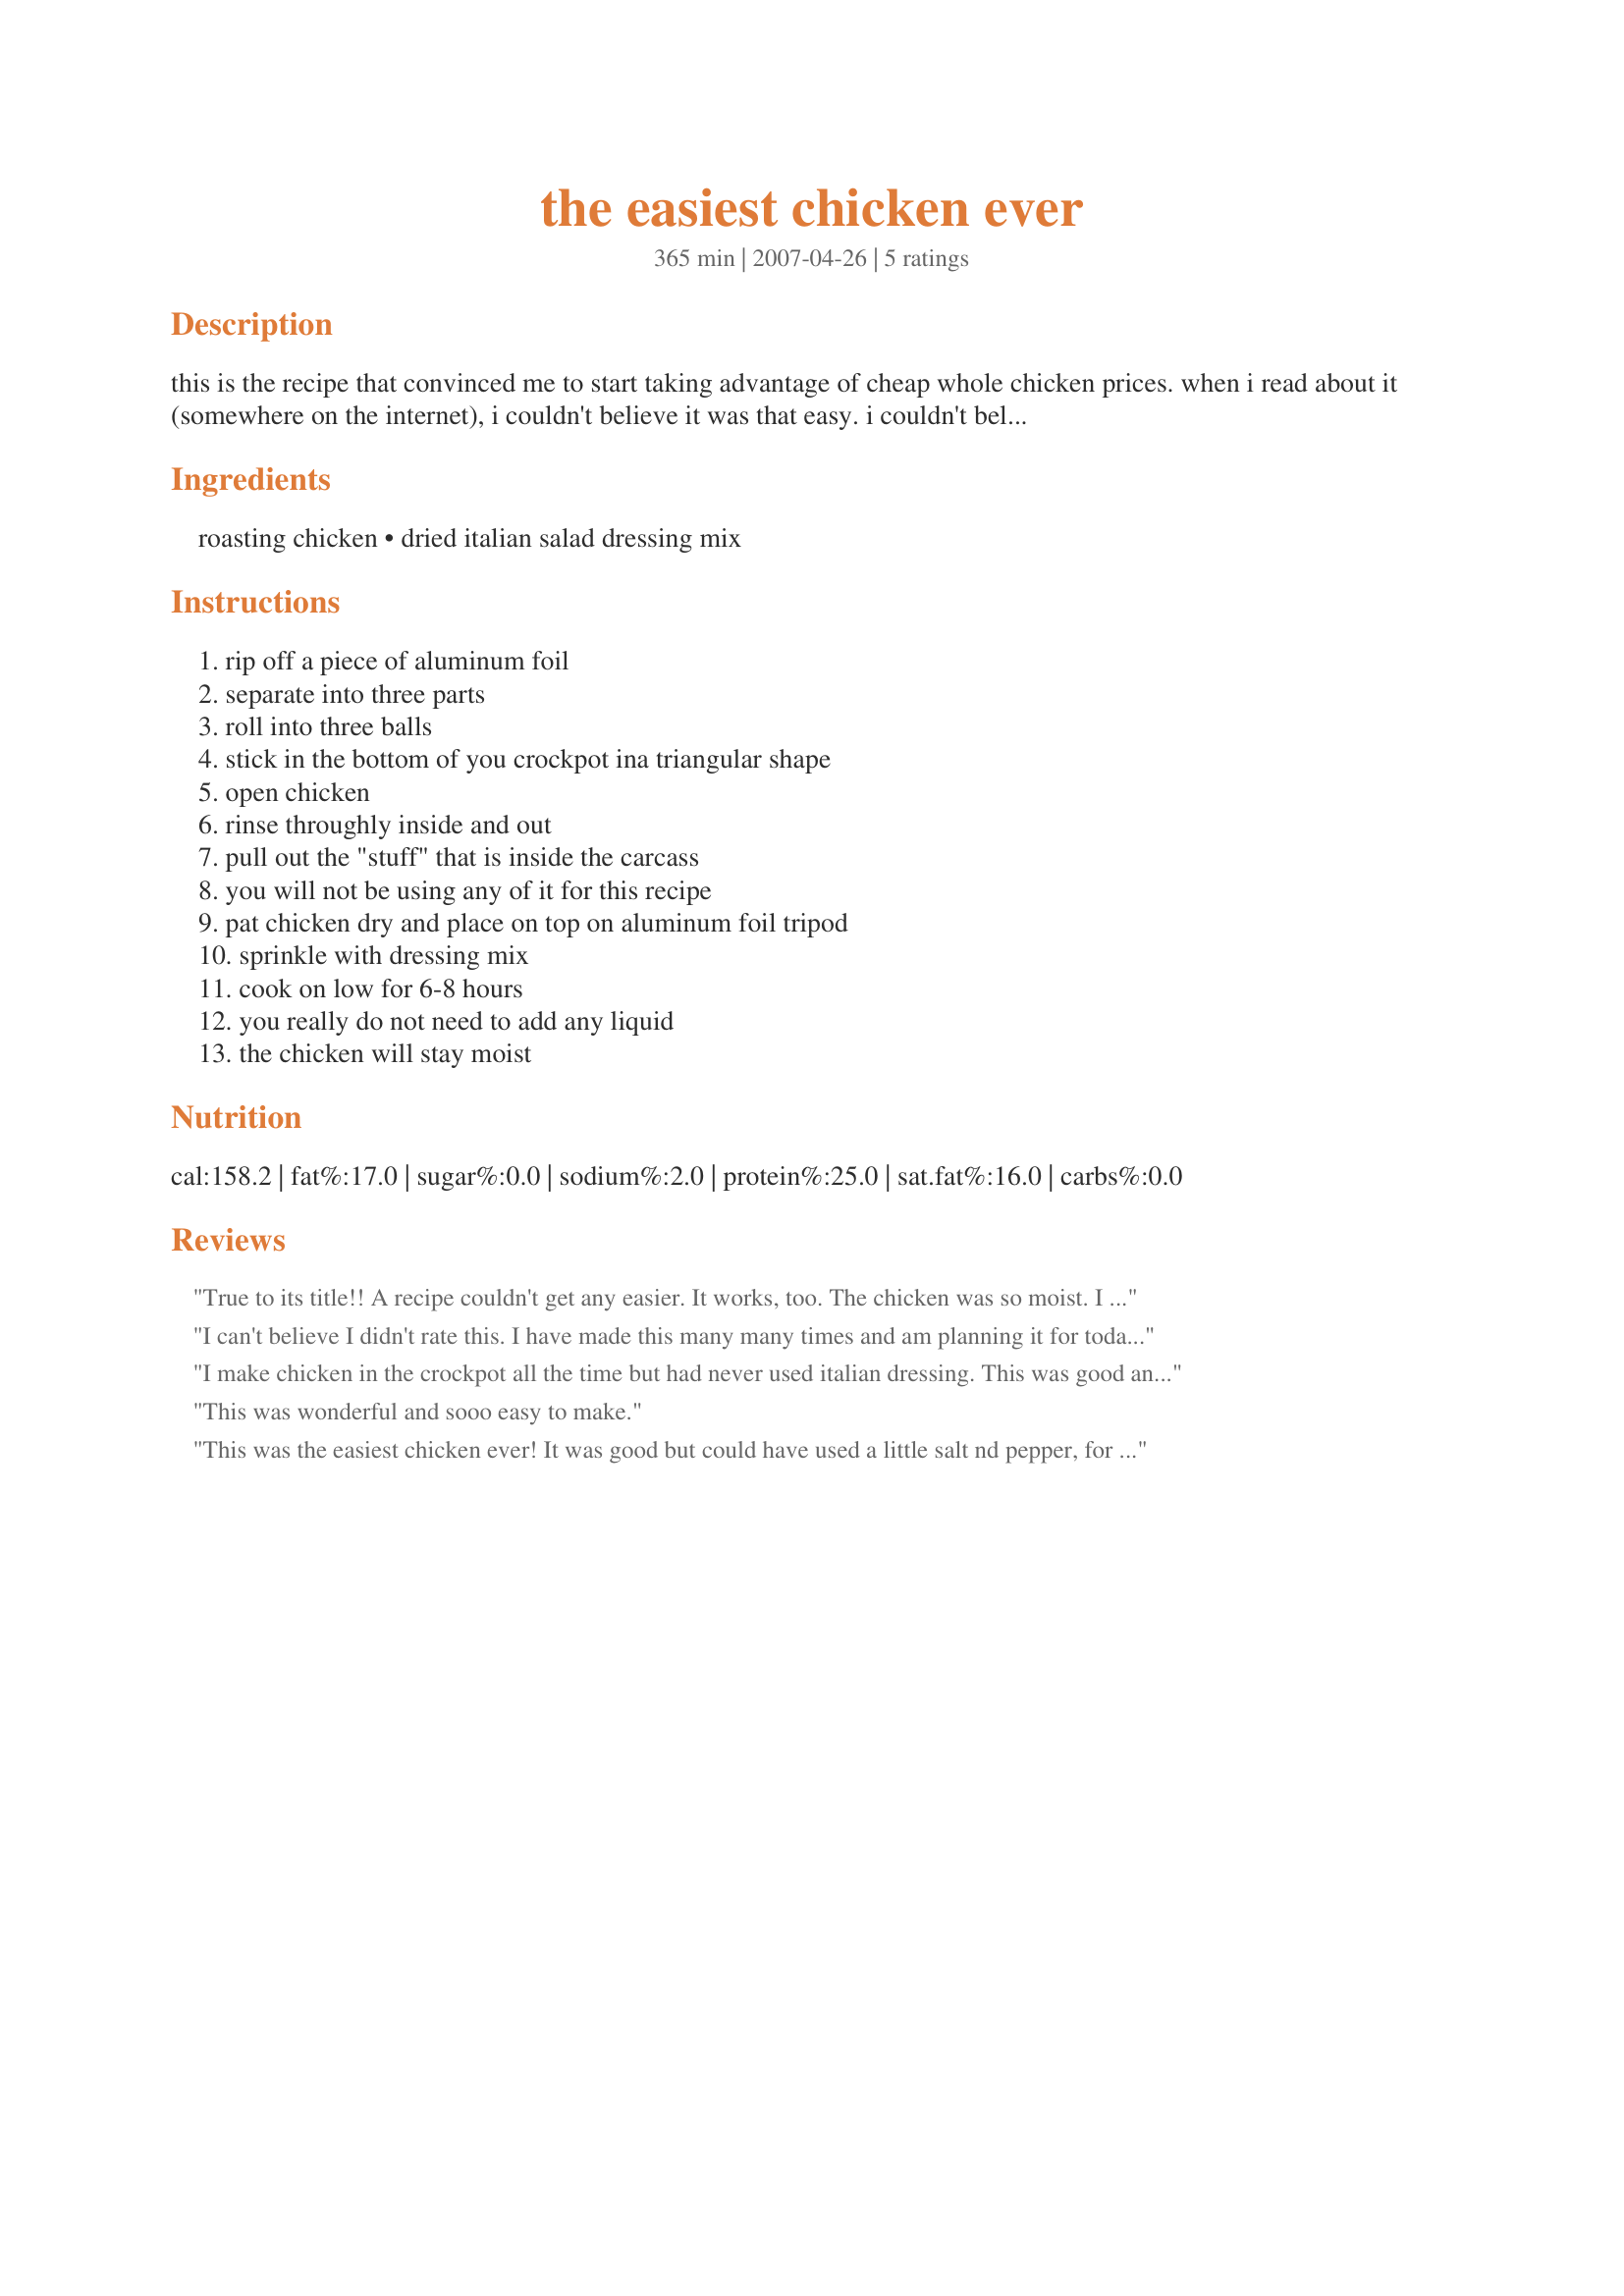
the easiest chicken ever
Preparation time: 365 minutes

this is the recipe that convinced me to start taking advantage of cheap whole chicken prices. when i read about it (somewhere on the internet), i couldn't believe it was that easy. i couldn't believe you didn't need any liquid. you don't. trust me. better yet, don't trust me - try the recipe for yourself!

Ingredients:
roasting chicken, dried italian salad dressing mix

Steps:
rip off a piece of aluminum foil, separate into three parts, roll into three balls, stick in the bottom of you crockpot ina triangular shape, open chicken, rinse throughly inside and out, pull out the "stuff" that is inside the carcass, you will not be using any of it for this recipe, pat chicken dry and place on top on aluminum foil tripod, sprinkle with dressing mix, cook on low for 6-8 hours, you really do not need to add any liquid, the chicken will stay moist

Reviews:
True to its title!! A recipe couldn't get any easier. It works, too. The chicken was so moist. I was worried that there would be too much Italian dressing, but the flavoring was perfect. Thanks!
I can't believe I didn't rate this. I have made this many many times and am planning it for today. Forget those rotisserie chickens at enourmous prices. This is the best, succulent, juicy chicken you will cook. Leftovers are to die for. Craft...thanks for posting this recipe which has become a staple in my house. Sue
I make chicken in the crockpot all the time but had never used italian dressing. This was good and easy to make. I didn't have a chicken with a pop up timer so I followed the recipe and cooked for six hours and this was really dry. I would try four next time.
This was wonderful and sooo easy to make.
This was the easiest chicken ever! It was good but could have used a little salt nd pepper, for my taste. I had enough for dinner and some left over that I froze to make a soup or jambalaya later. Thanks for the great post!
